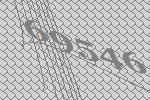
69546